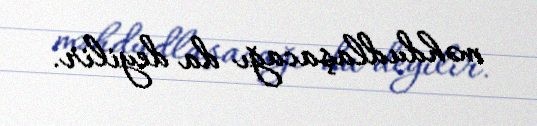
məhdudlaşacağı da deyilir.